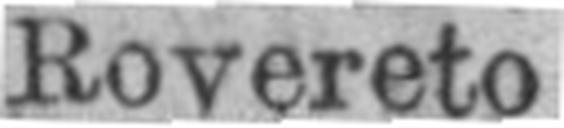
Rovereto